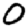
Digit: 0